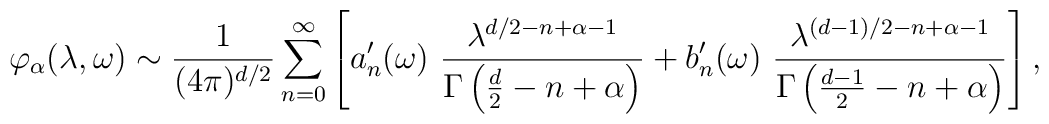
\varphi_\alpha(\lambda,\omega) \sim {1\over (4\pi)^{d/2}}\sum_{n=0}^\infty\left[a'_{n}(\omega)~ { \lambda^{d/2-n+\alpha-1}\over \Gamma\left(\frac d2 -n +\alpha\right)}+b'_{n}(\omega)~ { \lambda^{(d-1)/2-n+\alpha-1}\over \Gamma\left({d-1 \over 2} -n +\alpha\right)}\right],